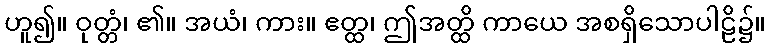
ဟူ၍။ ဝုတ္တံ၊ ၏။ အယံ၊ ကား။ ဧတ္ထ၊ ဤအတ္ထိ ကာယေ အစရှိသောပါဠိ၌။